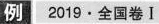
例2019· 全国卷Ⅰ